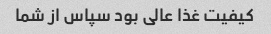
کیفیت غذا عالی بود سپاس از شما